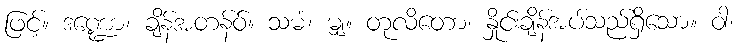
ဖြင့်။ ဒဏ္ဍော၊ ချိန်အတန်ဝ်။ သမံ၊ မျှ။ တုလိတော၊ နှိုင်းချိန်အပ်သည်ရှိသော။ ဝါ၊